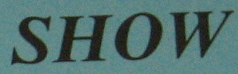
SHOW